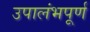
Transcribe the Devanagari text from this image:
उपालंभपूर्ण